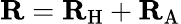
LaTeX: {\mathbf{R}}={\mathbf{R}}_{\mathrm{H}}+{\mathbf{R}}_{\mathrm{A}}